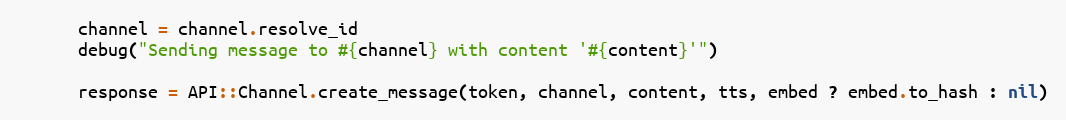
Language: Ruby
      channel = channel.resolve_id
      debug("Sending message to #{channel} with content '#{content}'")

      response = API::Channel.create_message(token, channel, content, tts, embed ? embed.to_hash : nil)